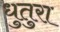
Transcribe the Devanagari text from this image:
धुतुरा